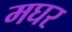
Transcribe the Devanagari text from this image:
मघर